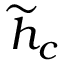
\widetilde { h } _ { c }